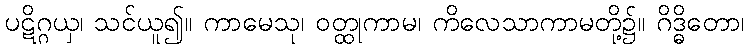
ပဋိဂ္ဂယှ၊ သင်ယူ၍။ ကာမေသု၊ ဝတ္ထုကာမ၊ ကိလေသာကာမတို့၌။ ဂိဒ္ဓိတော၊